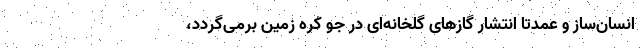
انسان‌ساز و عمدتا انتشار گازهای گلخانه‌ای در جو کره زمین برمی‌گردد،